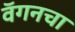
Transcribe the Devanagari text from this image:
वॅगनचा